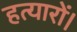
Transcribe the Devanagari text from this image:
हत्यारों।